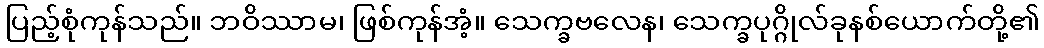
ပြည့်စုံကုန်သည်။ ဘဝိဿာမ၊ ဖြစ်ကုန်အံ့။ သေက္ခဗလေန၊ သေက္ခပုဂ္ဂိုလ်ခုနစ်ယောက်တို့၏